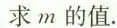
求m的值。